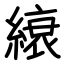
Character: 縗